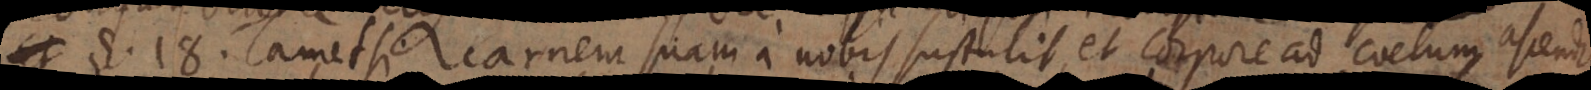
18. Tametsi carnem suam a nobis sustulit, et corpore ad coelum ascendit